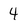
Character: 4